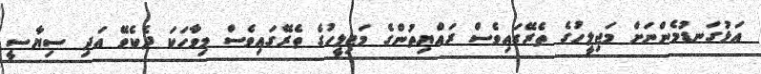
އަޅުގަނޑުމެންނަށް މަޖިލީހުގެ ތެރޭގައިވެސް ރައްޔިތުންގެ މަޖިލީހުގެ ތެރޭގައިވެސް މިވާހަކަ ދެކެވޭ އަދި ސިޔާސީ